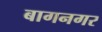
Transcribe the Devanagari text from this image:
बागनगर